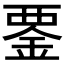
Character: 𧟴